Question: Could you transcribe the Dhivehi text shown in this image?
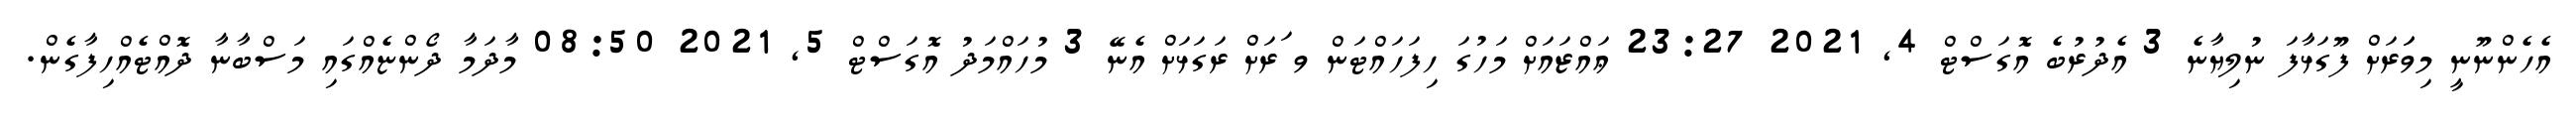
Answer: އެހެންނޫނީ މިވަަރަށް ފޫގަޅާފަ ނުލިޔާނެ 3 އެދުރުބެ އޮގަސްޓް 4, 2021 23:27 ޢައްޒައަށް މަހުގަ ހިފަހައްޓަން ވ ަރަށް ރަގަޅަށް އެނޭ 3 މުހައްމަދު އޮގަސްޓް 5, 2021 08:50 މާދަމާ ދޯންޏެއްގައި މަސްބާނާ ދޮއްޓެއްހިފާގެން.